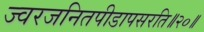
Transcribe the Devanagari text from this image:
ज्वरजनितपीडापसरति॥२०॥